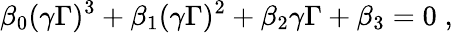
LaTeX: \beta_{0}(\gamma\Gamma)^{3}+\beta_{1}(\gamma\Gamma)^{2}+\beta_{2}\gamma\Gamma+\beta_{3}=0\; ,